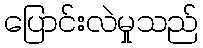
ပြောင်းလဲမှုသည်